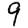
Digit: 9